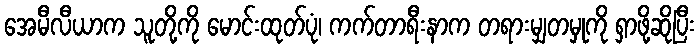
အေမီလီယာက သူတို့ကို မောင်းထုတ်ပုံ၊ ကက်တာရီးနာက တရားမျှတမှုကို ရှာဖို့ဆိုပြီး